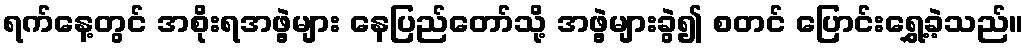
ရက်နေ့တွင် အစိုးရအဖွဲ့များ နေပြည်တော်သို့ အဖွဲ့များခွဲ၍ စတင် ပြောင်းရွှေ့ခဲ့သည်။